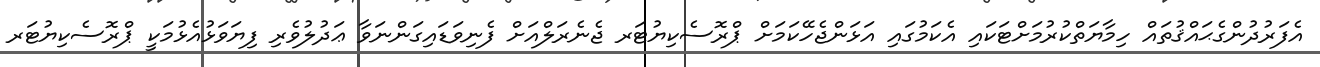
އެފަރުދުންގެޙައްޤުތައް ހިމާޔަތްކުރުމަށްޓަކައި އެކަމުގައި އަޅަންޖެހޭކަމަށް ޕްރޮސެކިޔުޓަރ ޖެނެރަލްއަށް ފެނިވަޑައިގަންނަވާ ޢަދުލުވެރި ފިޔަވަޅުއެޅުމަކީ ޕްރޮސެކިޔުޓަރ